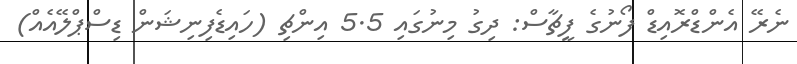
ނެރޭ އެންޑްރޮއިޑް ފޯނުގެ ފީޗާސް: ދިގު މިނުގައި 5.5 އިންޗި (ހައިޑެފިނިޝަން ޑިސްޕްލޭއެއް)